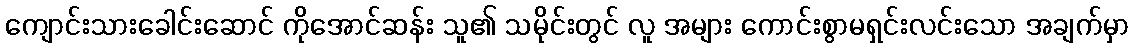
ကျောင်းသားခေါင်းဆောင် ကိုအောင်ဆန်း သူ၏ သမိုင်းတွင် လူ အများ ကောင်းစွာမရှင်းလင်းသော အချက်မှာ